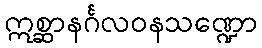
ဣစ္ဆာနင်္ဂလဝနသဏ္ဍော